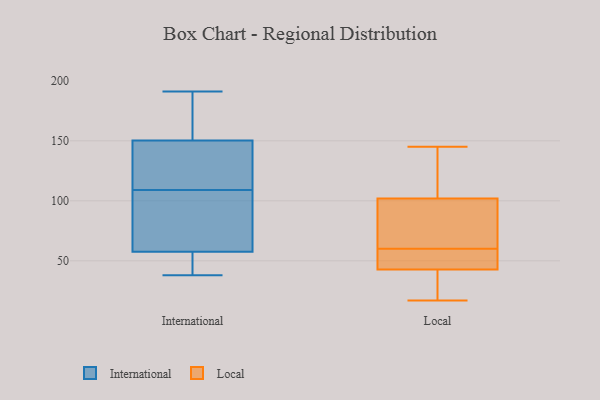
{"axis": {"x": "Churn Rate (%)", "y": "Value"}, "legend": ["International", "Local"], "data": [{"x": "", "y": 95, "type": "International"}, {"x": "", "y": 191, "type": "International"}, {"x": "", "y": 109, "type": "International"}, {"x": "", "y": 110, "type": "International"}, {"x": "", "y": 42, "type": "International"}, {"x": "", "y": 151, "type": "International"}, {"x": "", "y": 148, "type": "International"}, {"x": "", "y": 38, "type": "International"}, {"x": "", "y": 45, "type": "International"}, {"x": "", "y": 170, "type": "International"}, {"x": "", "y": 99, "type": "International"}, {"x": "", "y": 60, "type": "Local"}, {"x": "", "y": 40, "type": "Local"}, {"x": "", "y": 60, "type": "Local"}, {"x": "", "y": 81, "type": "Local"}, {"x": "", "y": 108, "type": "Local"}, {"x": "", "y": 84, "type": "Local"}, {"x": "", "y": 51, "type": "Local"}, {"x": "", "y": 35, "type": "Local"}, {"x": "", "y": 133, "type": "Local"}, {"x": "", "y": 145, "type": "Local"}, {"x": "", "y": 17, "type": "Local"}, {"x": "", "y": 60, "type": "Local"}, {"x": "", "y": 40, "type": "Local"}, {"x": "", "y": 141, "type": "Local"}, {"x": "", "y": 77, "type": "Local"}]}